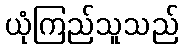
ယုံကြည်သူသည်